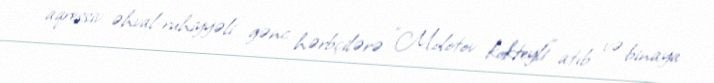
aqressiv əhval-ruhiyyəli gənc hərbçilərə "Molotov kokteyli" atıb və binaya